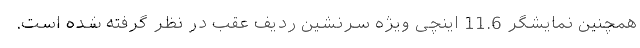
همچنین نمایشگر 11.6 اینچی ویژه سرنشین ردیف عقب در نظر گرفته شده است.